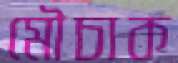
মৌচাক